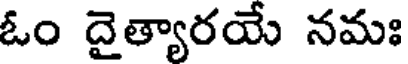
ఓం దైత్యారయే నమః